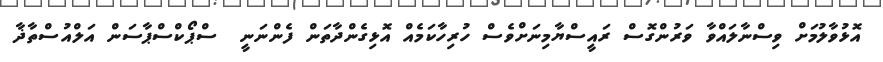
އޮޅުވާލުމަށް ވިސްނާލައްވާ ވަރުންގޮސް ރައީސްޔާމިނަށްވެސް ހުރިހާކަމެއް އޮޅިގެންދާތަން ފެންނަނީ  ސްޕޯކްސްޕާސަން އަލްއުސްތާޛާ